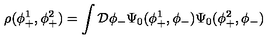
\rho ( \phi _ { + } ^ { 1 } , \phi _ { + } ^ { 2 } ) = \int { \cal D } \phi _ { - } \Psi _ { 0 } ( \phi _ { + } ^ { 1 } , \phi _ { - } ) \Psi _ { 0 } ( \phi _ { + } ^ { 2 } , \phi _ { - } )